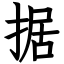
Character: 据